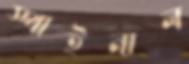
স্পাইনাল